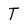
Character: T